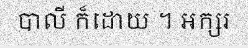
បាលី ក៏ដោយ ។ អក្សរ